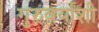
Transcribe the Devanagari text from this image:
गुरुवर्यांशी